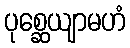
ပုစ္ဆေယျာမဟံ